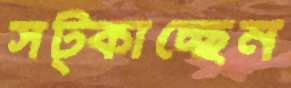
সট্‌কাচ্ছেন